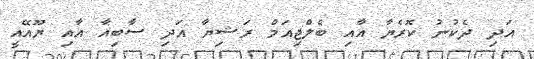
އަދި ދެކުނު ކޮރެޔާ އާއި ބެލްޖިއަމް ރަޝިޔާ އަދި ސާބިއާ އާއި ޔޫއޭއީ